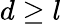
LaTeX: d\geq l